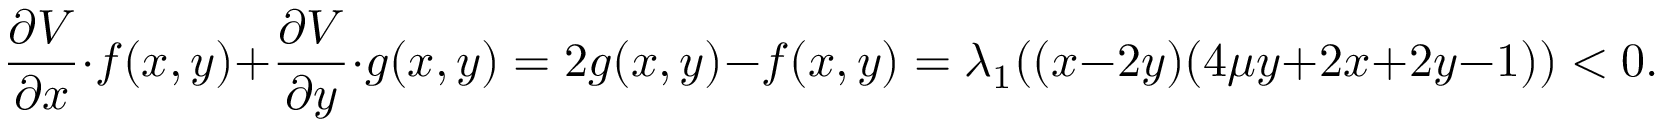
\frac { \partial V } { \partial x } \cdot f ( x , y ) + \frac { \partial V } { \partial y } \cdot g ( x , y ) = 2 g ( x , y ) - f ( x , y ) = \lambda _ { 1 } ( ( x - 2 y ) ( 4 \mu y + 2 x + 2 y - 1 ) ) < 0 .